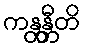
ကန္တန္တီတိ